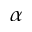
\alpha